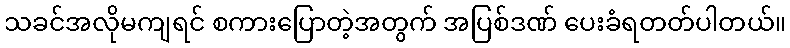
သခင်အလိုမကျရင် စကားပြောတဲ့အတွက် အပြစ်ဒဏ် ပေးခံရတတ်ပါတယ်။